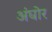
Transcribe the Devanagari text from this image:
अंघोर